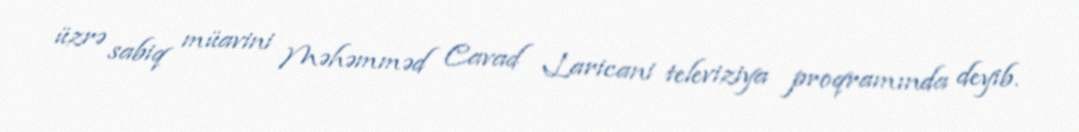
üzrə sabiq müavini Məhəmməd Cavad Laricani televiziya proqramında deyib.